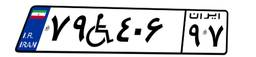
۴۲W۴۰۶۰۴